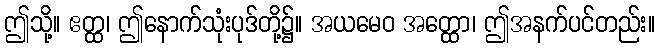
ဤသို့။ ဧတ္ထ၊ ဤနောက်သုံးပုဒ်တို့၌။ အယမေဝ အတ္ထော၊ ဤအနက်ပင်တည်း။